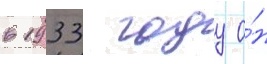
в 1933 году о́н